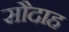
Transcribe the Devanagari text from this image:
सौदाह